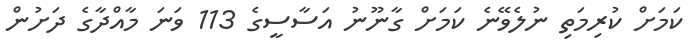
ކަމަށް ކުރިމަތި ނުލެވޭނެ ކަމަށް ގާނޫނު އަސާސީގެ 113 ވަނަ މާއްދާގެ ދަށުން